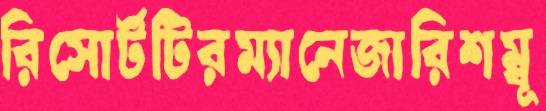
রিসোর্টটিরম্যানেজারিশম্বূ